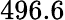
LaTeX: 496.6